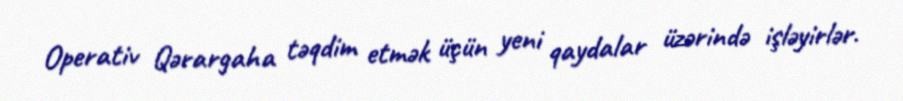
Operativ Qərargaha təqdim etmək üçün yeni qaydalar üzərində işləyirlər.